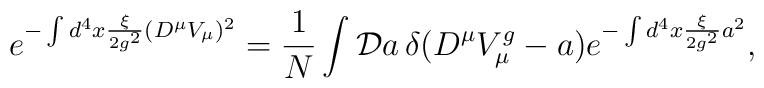
e^{-\int d^{4} x \frac{\xi}{2g^{2}} (D^{\mu} V_{\mu})^{2}}        = \frac{1}{N} \int {\cal D}a \, \delta(D^{\mu} V^{g}_{\mu} - a)                e^{-\int d^{4} x \frac{\xi}{2g^{2}} a^{2}},